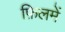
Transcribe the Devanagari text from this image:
फ़िलमें